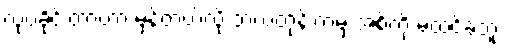
လုပ်ခိုင်းတာဟာ မှန်တယ်လို့ ဘယ်တုန်းကမှ အစ်ကို မထင်ခဲ့ဘူး